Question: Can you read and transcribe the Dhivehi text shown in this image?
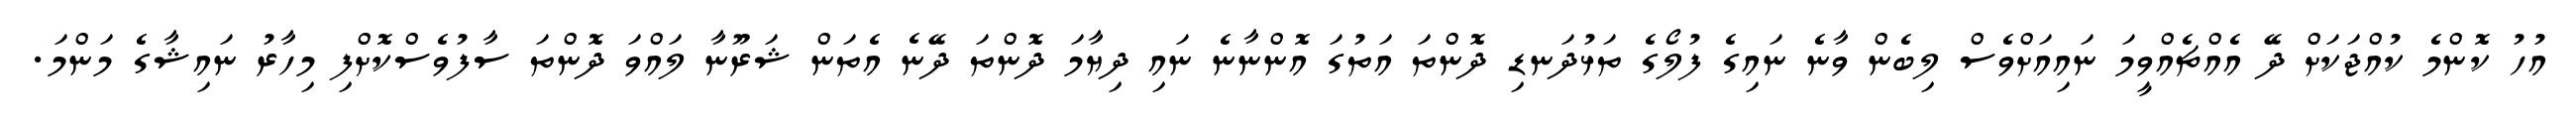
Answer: އުހު ކޮންމެ ކުއްޖަކަށް ދޭ އެއްޗެއްވީމަ ނައިއަށްވެސް ލިބެން ވާނެ ނައިގެ ފުލޯގެ ތަޅުދަނޑި ދޮންތަ އަތުގަ އޮންނާނެ ނައި ދިޔާމަ ދޮންތަ ދޭނެ އެތަން ޝަރޫނާ ލައްވަ ދޮންތަ ސާފުވެސްކޮށްފި މިހާރު ނައިޝާގެ މަންމަ.